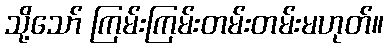
သို့သော် ကြမ်းကြမ်းတမ်းတမ်းမဟုတ်။